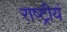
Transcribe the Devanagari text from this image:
राष्ट्रीयं